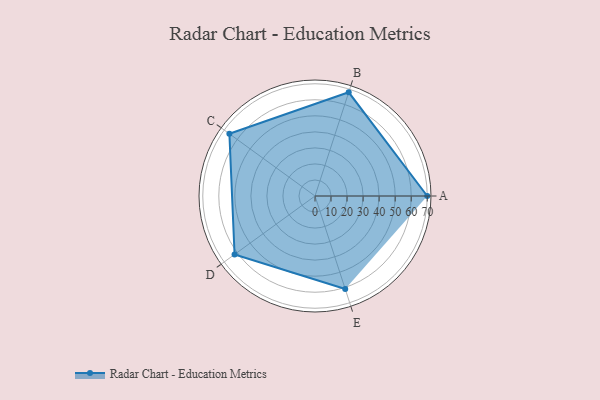
{"axis": {"x": "Skill", "y": "Score"}, "legend": ["Profile"], "data": [{"x": "A", "y": 70.0, "type": "Profile"}, {"x": "B", "y": 68.0, "type": "Profile"}, {"x": "C", "y": 66.0, "type": "Profile"}, {"x": "D", "y": 62.0, "type": "Profile"}, {"x": "E", "y": 61.0, "type": "Profile"}]}